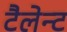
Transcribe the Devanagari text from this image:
टैलेन्ट